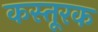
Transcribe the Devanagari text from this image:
कस्तूरक